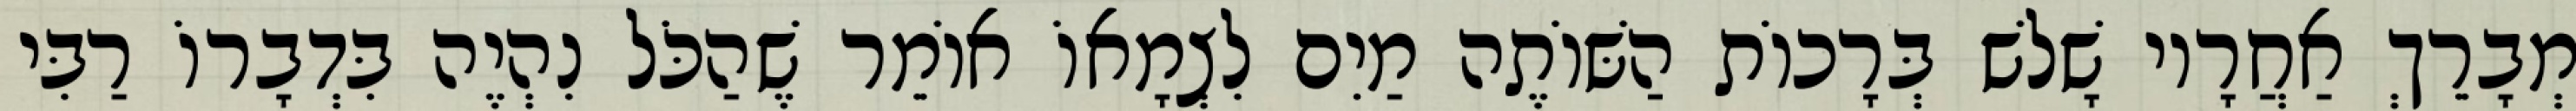
מְבָרֵךְ אַחֲרָיו שָׁלשׁ בְּרָכוֹת הַשּׁוֹתֶה מַיִם לִצְמָאוֹ אוֹמֵר שֶׁהַכֹּל נִהְיֶה בִּדְבָרוֹ רַבִּי